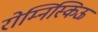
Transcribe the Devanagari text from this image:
रोम्निस्किऊ